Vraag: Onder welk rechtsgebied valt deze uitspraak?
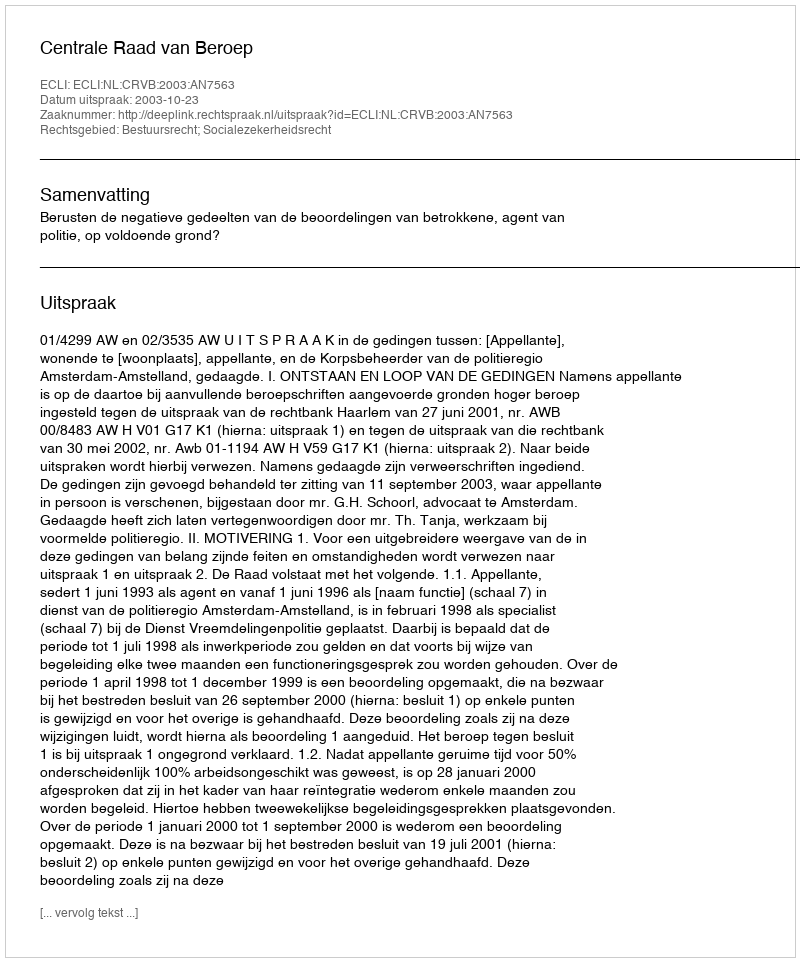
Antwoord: Bestuursrecht; Socialezekerheidsrecht